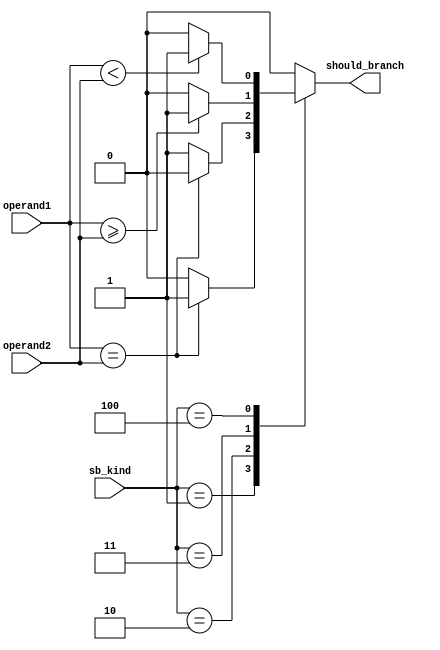
`timescale 1ns / 1ps
//////////////////////////////////////////////////////////////////////////////////
module comparator_block(operand1, operand2, sb_kind, should_branch);

    input [31:0] operand1, operand2;
    input [2:0] sb_kind;
    output reg should_branch;
    
    always @(*)
        begin
            case (sb_kind)
                3'b001 : should_branch = (operand1==operand2 ? 1 : 0);
                3'b010 : should_branch = (operand1==operand2 ? 0 : 1);
                3'b011 : should_branch = (operand1 >= operand2 ? 1 : 0);
                3'b100 : should_branch = (operand1 < operand2 ? 1 : 0); 
                default : should_branch = 0;
            endcase  
        end 
endmodule